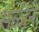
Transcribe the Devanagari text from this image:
सळीने